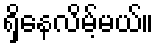
ရှိနေလိမ့်မယ်။